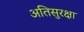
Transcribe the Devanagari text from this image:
अतिसुरक्षा